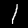
Digit: 1